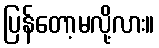
ပြန်တော့မလို့လား။